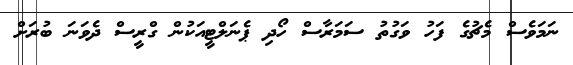
ނަމަވެސް މެޗުގެ ފަހު ވަގުތު ސަމަރާސް ހޯދި ޕެނަލްޓީއަކުން ގްރީސް ދެވަނަ ބުރަށް